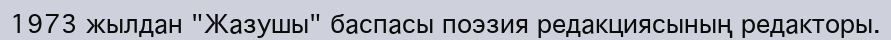
1973 жылдан "Жазушы" баспасы поэзия редакциясының редакторы.